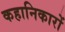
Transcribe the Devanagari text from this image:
कहानिकारों